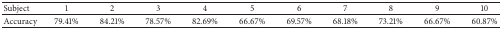
| Subject | 1 | 2 | 3 | 4 | 5 | 6 | 7 | 8 | 9 | 10 |
 | --- | --- | --- | --- | --- | --- | --- | --- | --- | --- | --- |
 | Accuracy | 79.41% | 84.21% | 78.57% | 82.69% | 66.67% | 69.57% | 68.18% | 73.21% | 66.67% | 60.87% |